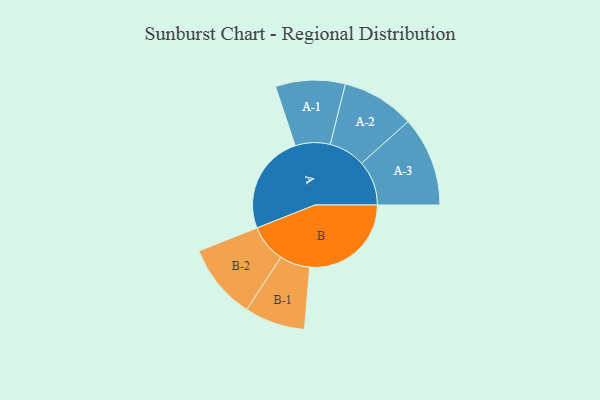
{"axis": {"x": "Segment", "y": "Value"}, "legend": ["", "A", "B"], "data": [{"x": "A", "y": 438, "type": ""}, {"x": "B", "y": 446, "type": ""}, {"x": "A-1", "y": 153, "type": "A"}, {"x": "A-2", "y": 160, "type": "A"}, {"x": "A-3", "y": 197, "type": "A"}, {"x": "B-1", "y": 133, "type": "B"}, {"x": "B-2", "y": 166, "type": "B"}]}